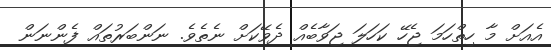
އެއަށް މާ ހިތްހަމަ ޖެހޭ ކަހަލަ ޖަވާބެއް ދެވޭކަށް ނެތެވެެ. ނަންބަރުތައް ފެންނަން